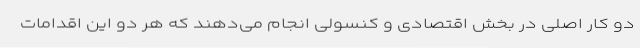
دو کار اصلی در بخش اقتصادی و کنسولی انجام می‌دهند که هر دو این اقدامات